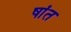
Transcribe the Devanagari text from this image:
षांत